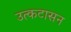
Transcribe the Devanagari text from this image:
उत्कटासन